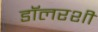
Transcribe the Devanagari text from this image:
डॉलरशी